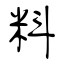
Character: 料